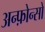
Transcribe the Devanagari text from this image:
अन्फ़ोन्सो